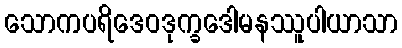
သောကပရိဒေဝဒုက္ခဒေါမနဿူပါယာသာ